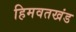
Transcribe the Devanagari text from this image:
हिमवतखंड